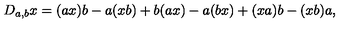
D _ { a , b } x = ( a x ) b - a ( x b ) + b ( a x ) - a ( b x ) + ( x a ) b - ( x b ) a ,